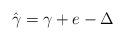
LaTeX: \begin{align*}\hat{\gamma}=\gamma+e-\Delta\end{align*}